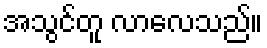
အသွင်တူ လာလေသည်။